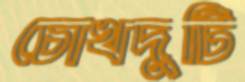
চোখদুটি